Leprosy in India: report of the Leprosy Commission in India, 1890-91
Year: 1890
Disease focus: Leprosy
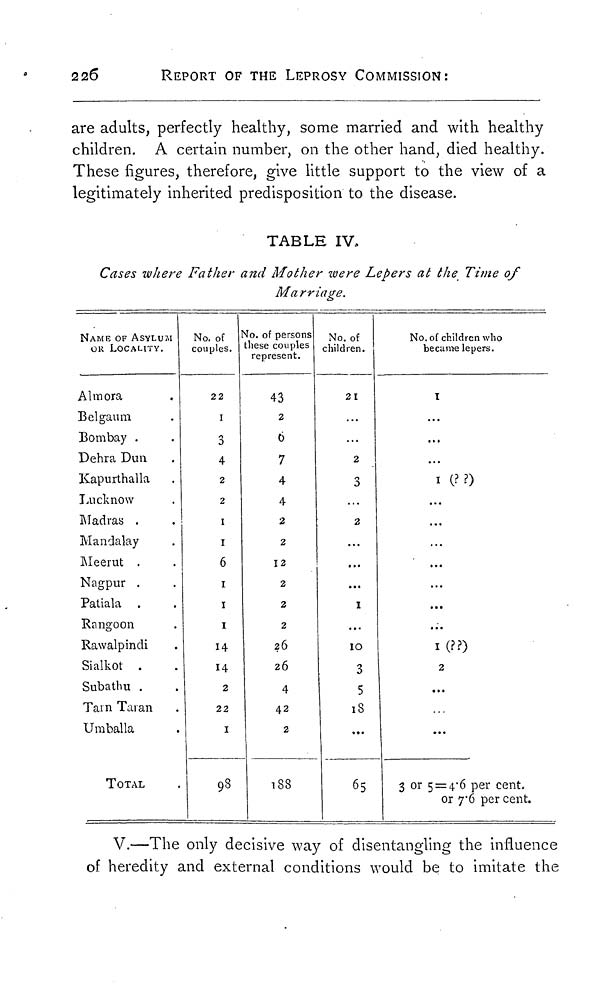
226
REPORT OF THE LEPROSY COMMISSION:
are adults, perfectly healthy, some married and with healthy
children. A certain number, on the other hand, died healthy.
These figures, therefore, give little support to the view of a
legitimately inherited predisposition to the disease.
TABLE IV.
Cases where Father and Mother were Lepers at the Time of
Marriage.
NAME OF ASYLUM
OR LOCALITY.
Almora
Belgaum
Bombay .
Dehra Dun
Kapurthalla
Lucknow
Madras .
Mandalay
Meerut .
Nagpur .
Patiala .
Rangoon
Rawalpindi
Sialkot .
Subathu .
Tain Taran
Umballa
TOTAL
No. of
couples.
22
I
3
4
2
2
I
I
6
1
1
1
14
14
2
22
I
98
No. of persons
these couples
represent.
43
2
6
7
4
4
2
2
12
2
2
2
26
26
4
42
2
188
No. of
children.
21
2
3
2
...
...
...
I
...
10
3
5
18
...
65
No. of children who
became lepers.
T
...
...
...
I (??)
...
...
...
...
...
I(??)
2
...
...
3 or 5 = 4.6 per cent.
or 7.6 per cent.
V.—The only decisive way of disentangling the influence
of heredity and external conditions would be to imitate the